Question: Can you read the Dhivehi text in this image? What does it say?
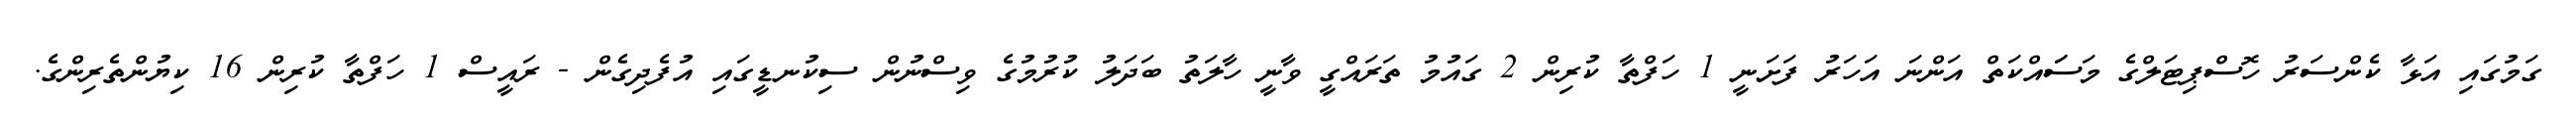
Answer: ގަމުގައި އަޅާ ކެންސަރު ހޮސްޕިޓަލްގެ މަސަައްކަތް އަންނަ އަހަރު ފަށަނީ 1 ހަފްތާ ކުރިން 2 ގައުމު ތަރައްގީ ވާނީ ހާލަތު ބަދަލު ކުރުމުގެ ވިސްނުން ސިކުނޑީގައި އުފެދިގެން - ރައީސް 1 ހަފްތާ ކުރިން 16 ކިޔުންތެރިންގެ.